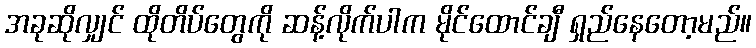
အခုဆိုလျှင် ထိုတိပ်တွေကို ဆန့်လိုက်ပါက မိုင်ထောင်ချီ ရှည်နေတော့မည်။